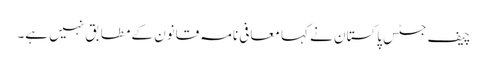
چیف جسٹس پاکستان نے کہا معافی نامہ قانون کے مطابق نہیں ہے۔